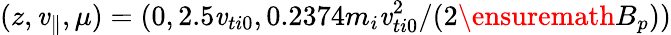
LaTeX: (z,\mathit{v}_{\parallel},\mu)=(0,2.5\mathit{v}_{ti0},0.2374m_{i}\mathit{v}_{ti0}^{2}/(2\ensuremath{{B_{p}}}))